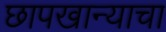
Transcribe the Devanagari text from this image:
छापखान्याचा